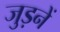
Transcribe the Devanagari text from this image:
जुड़नें